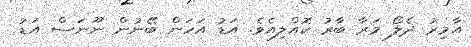
އާމިރު ދެލޯ މަރާ ބާރު ކޮއްލިއެވެ. އަޑު އަހަން ބޭނުން ނޫނަސް އަޑު